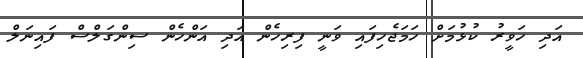
އަދި ހަވީރު ކުޅުމަށް ހަމަޖެހިފައި ވަނީ ފިރިހެން އަދި އަންހެން ސިންގަލްސް ފައިނަލް